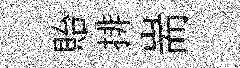
貽排耑